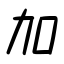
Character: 加